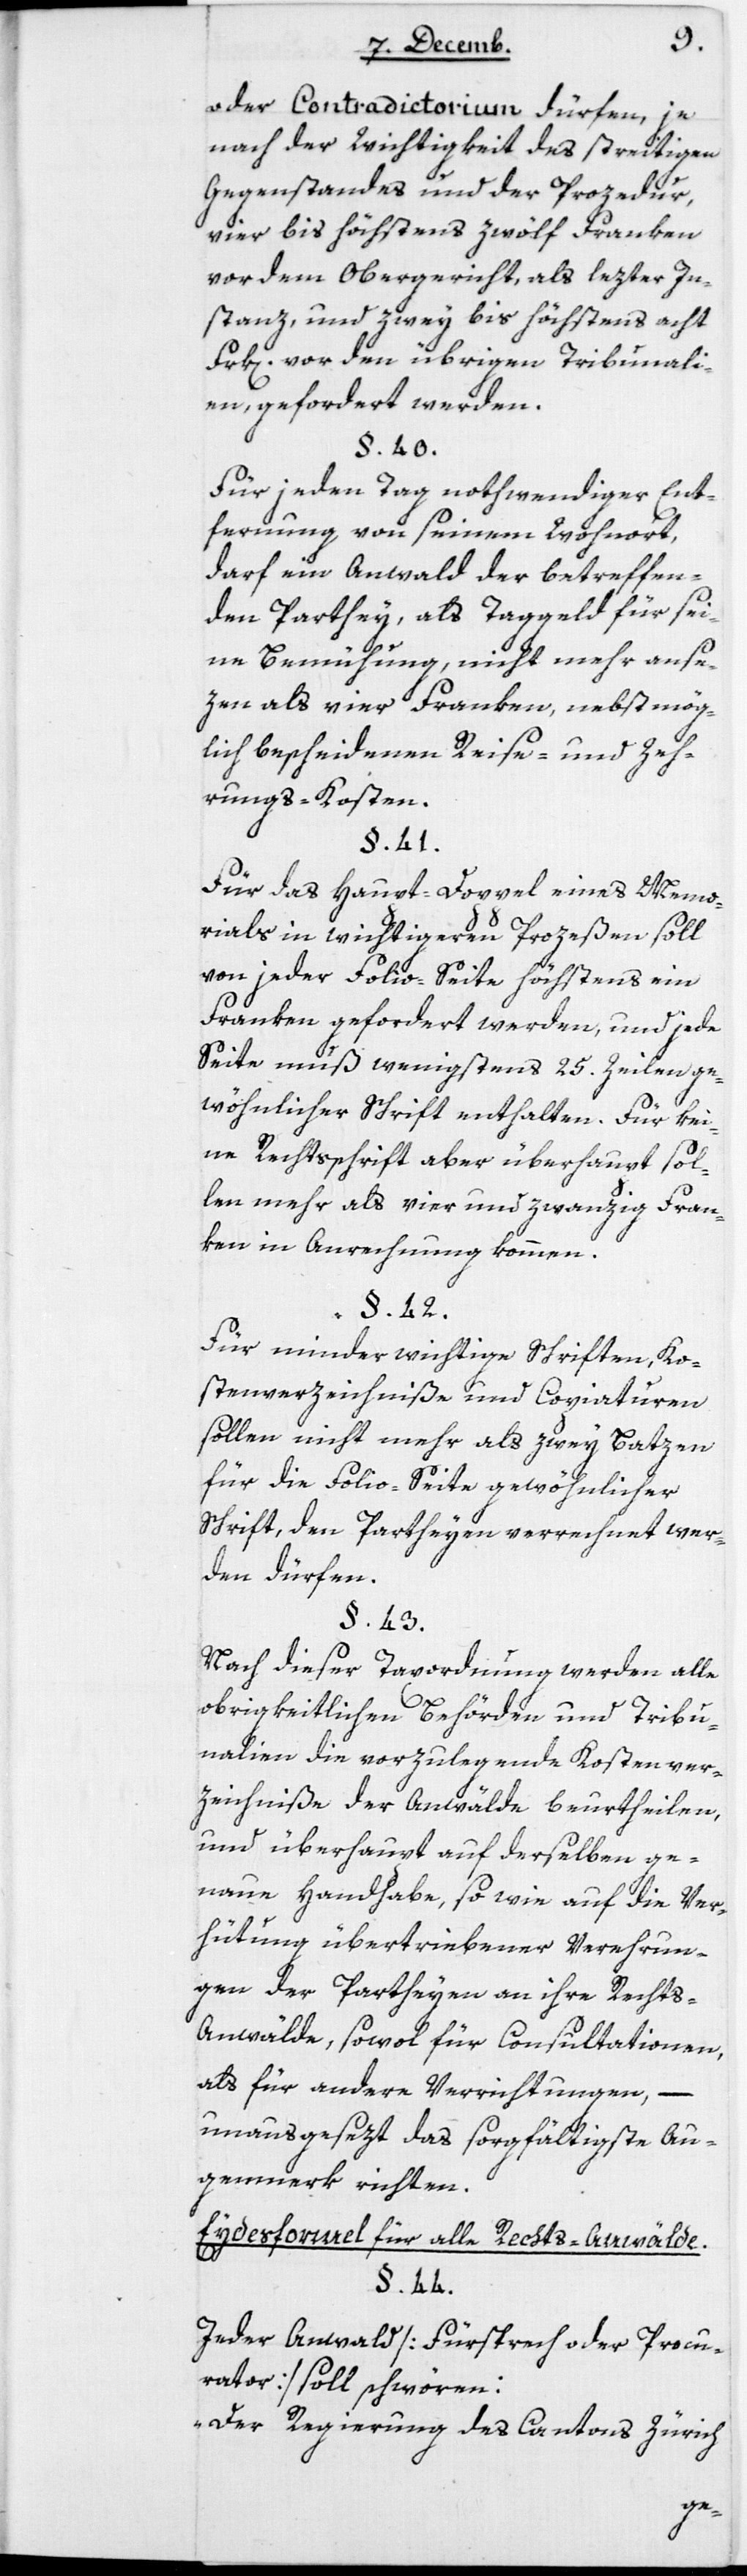
oder Contradictorium dürfen, je
nach der Wichtigkeit des streitigen
Gegenstandes und der Prozedur,
vier bis höchstens zwölf Franken
vor dem Obergericht als letzter In¬
stanz, und zwey bis höchstens acht
Frk[en] vor den übrigen Tribunali¬
en gefordert werden.
§ 40
Für jeden Tag nothwendiger Ent¬
fernung von seinem Wohnort,
darf ein Anwald der betreffen¬
den Parthey, als Taggeld für sei¬
ne Bemühung, nicht mehr anse¬
tzen als vier Franken, nebst mög¬
lich bescheydenen Reise- und Zeh¬
rungs-Kosten.
Für das Haupt-Doppel eines Memo¬
rials in wichtigeren Prozeßen soll
von jeder Folio-Seite höchstens ein
Franken gefordert werden, und jede
Seite muß wenigstens 25 Zeilen ge¬
wöhnlicher Schrift enthalten. Für kei¬
ne Rechtschrift aber überhaupt sol¬
len mehr als vierundzwanzig Fran¬
ken in Anrechnung kommen.
Für minder wichtige Schriften, Ko¬
stenverzeichniße und Copiaturen,
sollen nicht mehr als zwey Batzen
für die Folio-Seite gewöhnlicher
Schrift, den Partheyen verrechnet wer¬
den dürfen.
Nach dieser Taxordnung werden alle
obrigkeitlichen Behörden und Tribu¬
nalien die vorzulegende Kostenver¬
zeichniße der Anwälte beurtheilen,
und überhaupt auf derselben ge¬
naue Handhabe, sowie auf die Ver¬
hütung übertriebener Verehrun¬
gen der Partheyen an ihre Rechts¬
anwälde, sowol für Consultationen,
als für andere Verrichtungen, –
unausgesetzt das sorgfältigste Au¬
genmerk richten.
Eydesformel für alle Rechtsanwälte.
§ 44
Jeder Anwald [Fürsprech oder Procu¬
rator] soll schwören:
„Der Regierung des Cantons Zürich